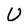
Character: U